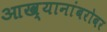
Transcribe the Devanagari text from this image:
आख्यानांबरोबर